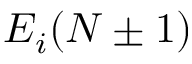
E _ { i } ( N \pm 1 )